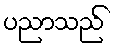
ပညာသည်